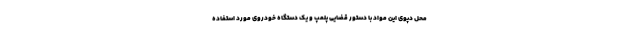
محل دپوی این مواد با دستور قضایی پلمپ و یک دستگاه خودروی مورد استفاده